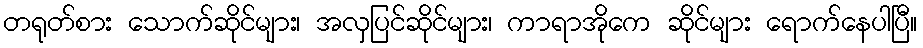
တရုတ်စား သောက်ဆိုင်များ၊ အလှပြင်ဆိုင်များ၊ ကာရာအိုကေ ဆိုင်များ ရောက်နေပါပြီ။